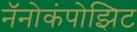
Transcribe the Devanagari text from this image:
नॅनोकंपोझिट